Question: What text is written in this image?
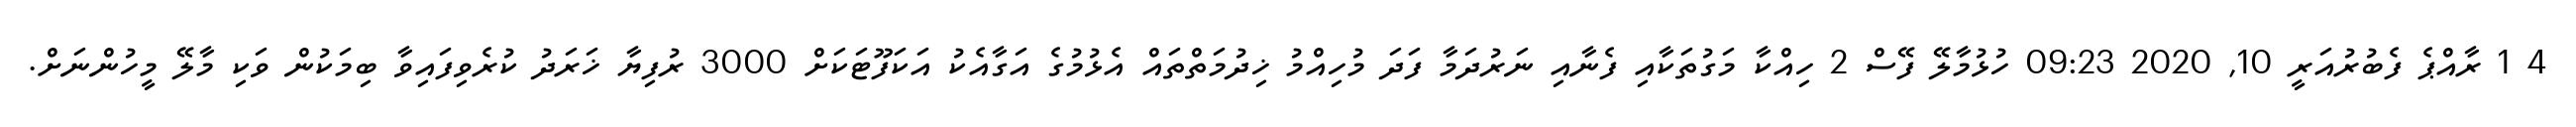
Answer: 4 1 ރާއްޕެ ފެބުރުއަރީ 10, 2020 09:23 ހުޅުމާލޭ ފޭސް 2 ހިއްކާ މަގުތަކާއި ފެނާއި ނަރުދަމާ ފަދަ މުހިއްމު ޚިދުމަތްތައް އެޅުމުގެ އަގާއެކު އަކަފޫޓަކަށް 3000 ރުފިޔާ ޚަރަދު ކުރެވިފައިވާ ބިމަކުން ވަކި މާލޭ މީހުންނަށް.